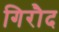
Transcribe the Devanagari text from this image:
गिरौद